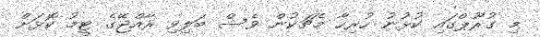
މި ގުރޫޕްގައި ކުޅުނު ހުރިހާ މެޗަކުން ވެސް ބަލިވި ރާއްޖޭގެ ޓީމު ކޮޅަށް